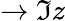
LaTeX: \rightarrow\Im{z}